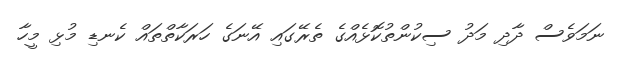
ނަަމަވެސް ދާދި މަދު ސިކުންތުކޮޅެއްގެ ތެރޭގައި އޭނަގެ ހަރަކާތްތައް ކެނޑި މުޅި މީހާ